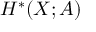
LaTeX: H ^ { * } ( X ; A )